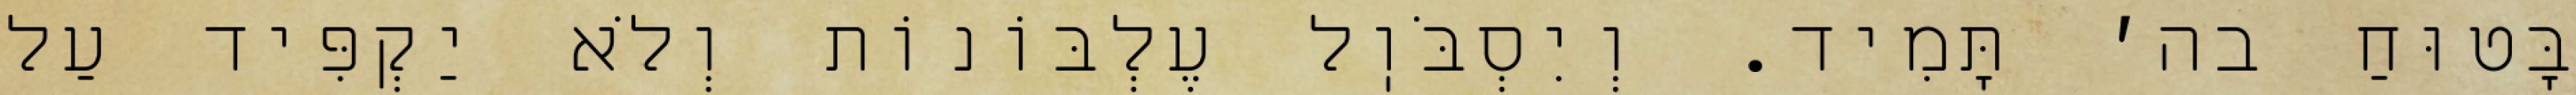
בָּטוּחַ בה׳ תָּמִיד. וְיִסְבֹּוֽל עֶלְבּוֹנוֹת וְלֹא יַקְפִּיד עַל